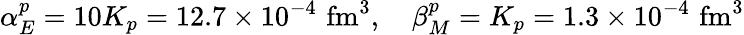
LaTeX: \alpha_{E}^{p}=10K_{p}=12.7\times 10^{-4}\, \, \mathrm{fm}^{3},\quad\beta_{M}^{p}=K_{p}=1.3\times 10^{-4}\, \, \mathrm{fm}^{3}